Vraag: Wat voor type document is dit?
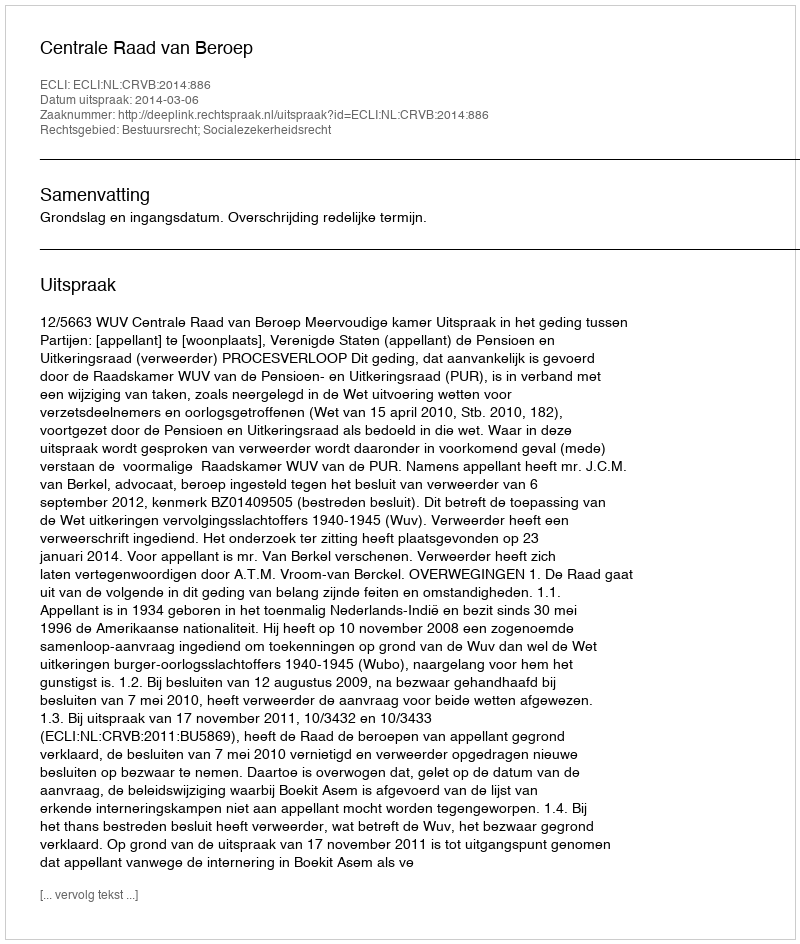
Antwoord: Uitspraak